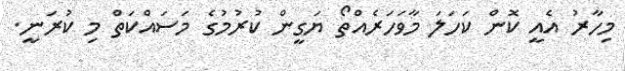
މިހާރު އެއީ ކޮން ކަހަލަ މާވަހަރެއްތޯ ޔަގީން ކުރުމުގެ މަސައްކަތް މި ކުރަނީ.